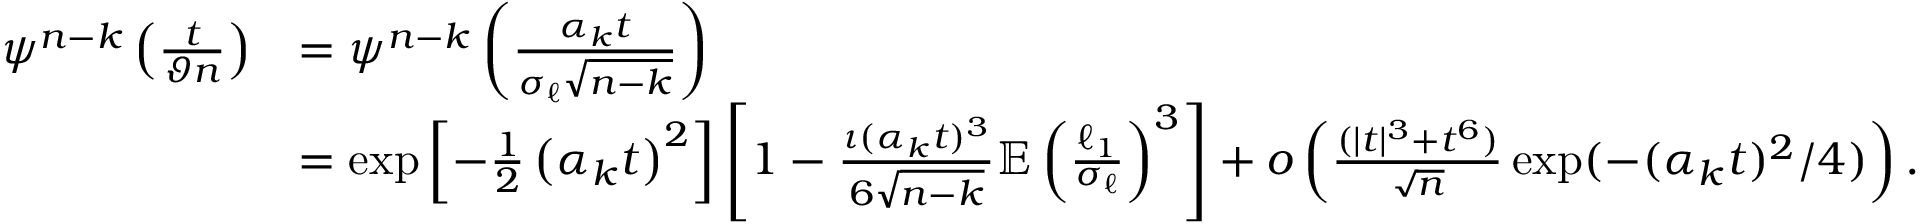
\begin{array} { r l } { \psi ^ { n - k } \left( \frac { t } { \vartheta n } \right) } & { = \psi ^ { n - k } \left( \frac { \alpha _ { k } t } { \sigma _ { \ell } \sqrt { n - k } } \right) } \\ & { = \exp \left[ - \frac { 1 } { 2 } \left( \alpha _ { k } t \right) ^ { 2 } \right] \left[ 1 - \frac { \iota ( \alpha _ { k } t ) ^ { 3 } } { 6 \sqrt { n - k } } \mathbb { E } \left( \frac { \ell _ { 1 } } { \sigma _ { \ell } } \right) ^ { 3 } \right] + o \left( \frac { ( | t | ^ { 3 } + t ^ { 6 } ) } { \sqrt { n } } \exp ( - ( \alpha _ { k } t ) ^ { 2 } / 4 ) \right) . } \end{array}